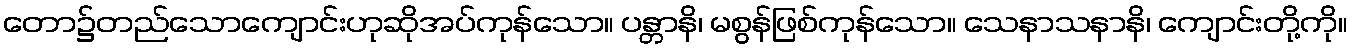
တော၌တည်သောကျောင်းဟုဆိုအပ်ကုန်သော။ ပန္တာနိ၊ မစွန်ဖြစ်ကုန်သော။ သေနာသနာနိ၊ ကျောင်းတို့ကို။